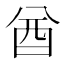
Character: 酋